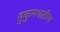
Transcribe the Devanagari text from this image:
हुकुमशाहीचा